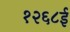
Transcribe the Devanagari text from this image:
१२६८ई